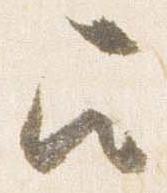
召